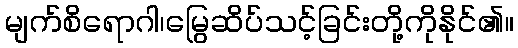
မျက်စိရောဂါ၊မြွေဆိပ်သင့်ခြင်းတို့ကိုနိုင်၏။